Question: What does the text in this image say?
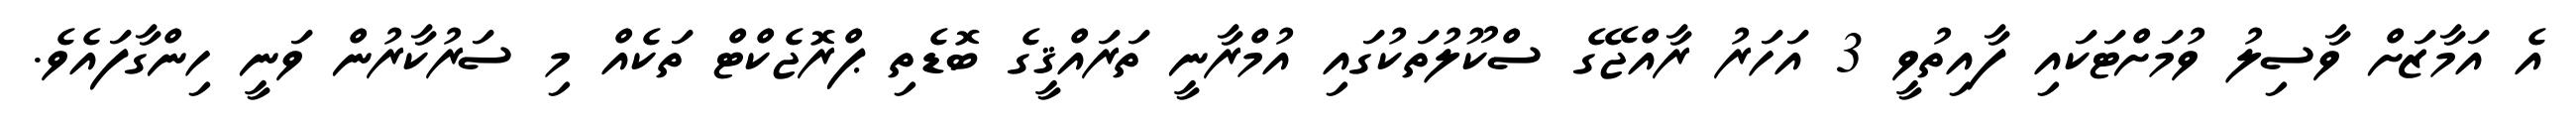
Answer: އެ އަމާޒަށް ވާސިލު ވުމަށްޓަކައި ފާއިތުވީ 3 އަހަރު ރާއްޖޭގެ ސްކޫލުތަކުގައި އުމްރާނީ ތަރައްޤީގެ ބޮޑެތި ޕްރޮޖެކްޓް ތަކެއް މި ސަރުކާރުން ވަނީ ހިންގާފައެވެ.